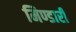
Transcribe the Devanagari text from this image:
मिण्डारी